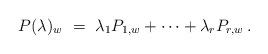
LaTeX: \begin{align*} P(\lambda)_w\ =\ \lambda_1 P_{1,w} + \dotsb + \lambda_r P_{r,w}\,.\end{align*}